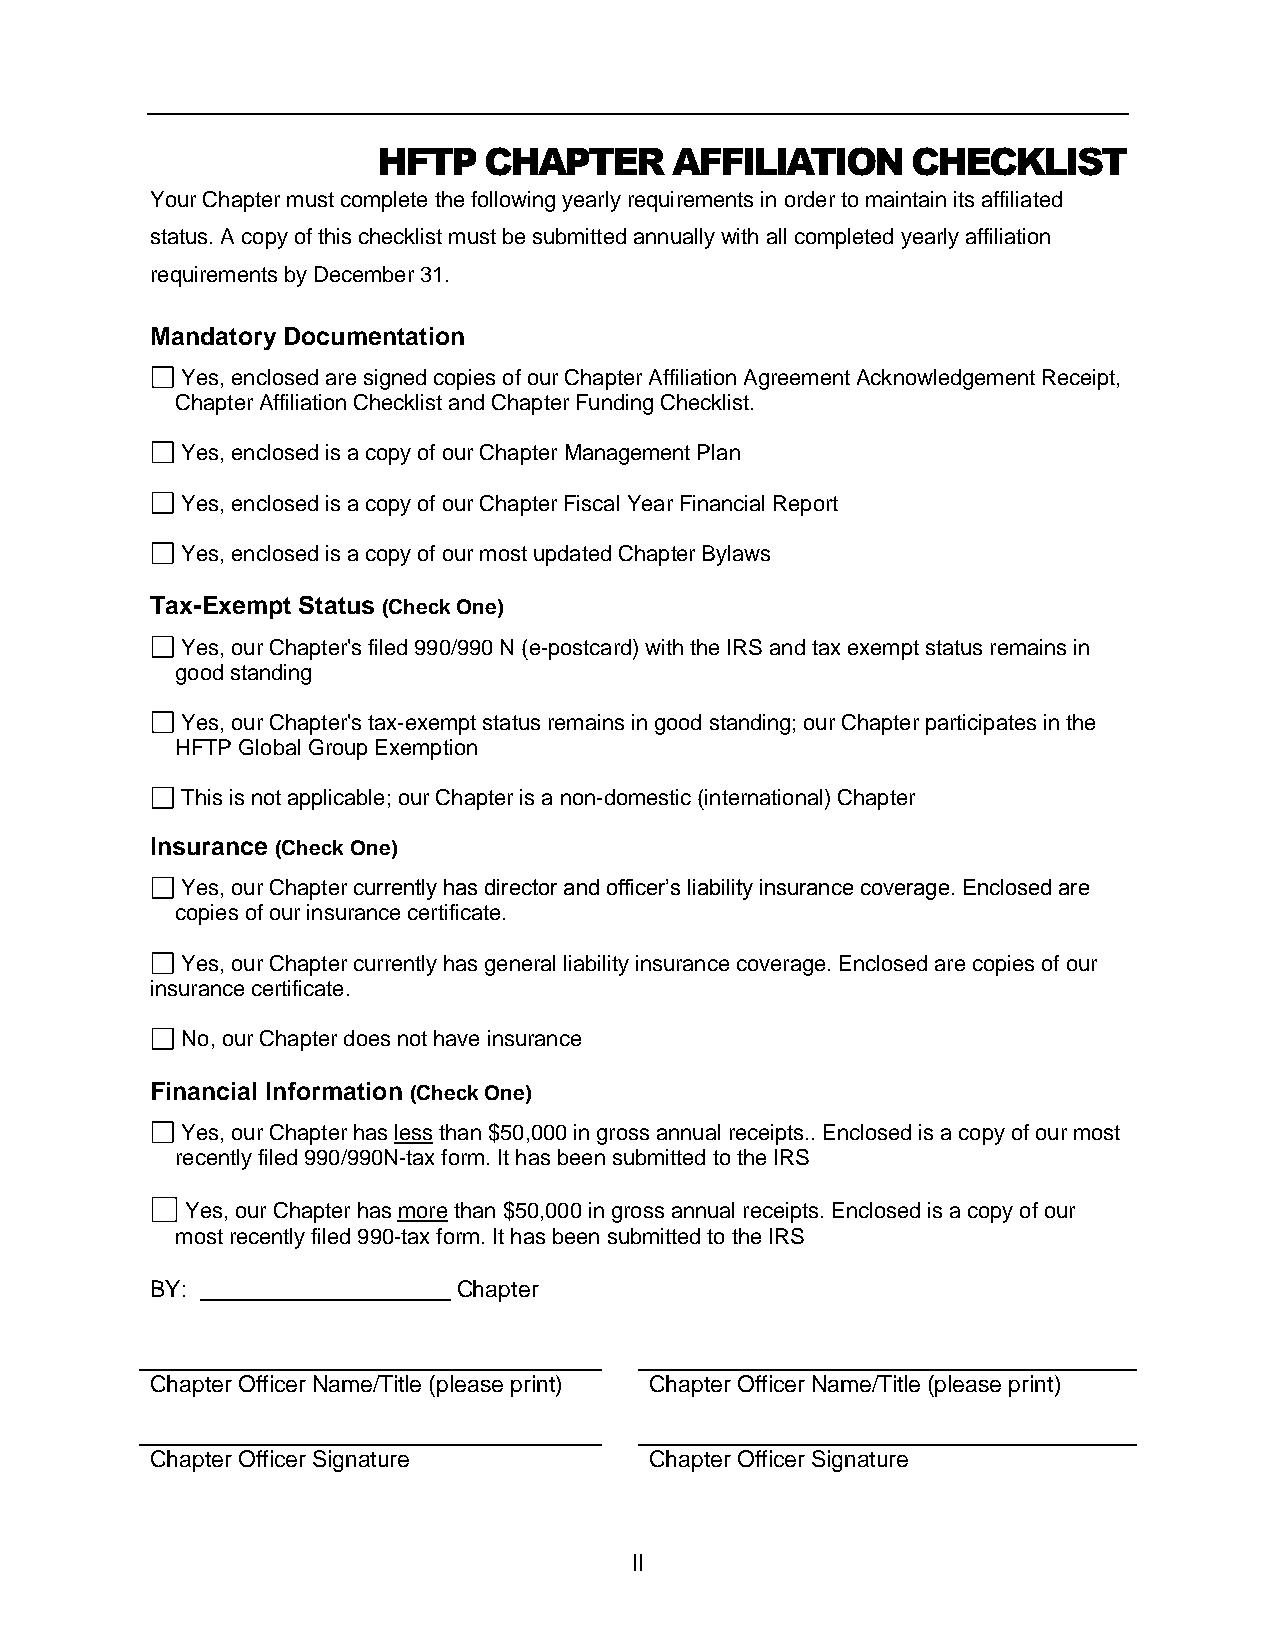
HFTP   CHAPTER     AFFILIATION     CHECKLIST
 Your Chapter must complete the following yearly requirements in order to maintain its affiliated
 status. A copy of this checklist must be submitted annually with all completed yearly affiliation
 requirements by December 31.
 Mandatory Documentation
 Yes, enclosed are signed copies of our Chapter Affiliation Agreement Acknowledgement Receipt,
 Chapter Affiliation Checklist and Chapter Funding Checklist.
 Yes, enclosed is a copy of our Chapter Management Plan
 Yes, enclosed is a copy of our Chapter Fiscal Year Financial Report
 Yes, enclosed is a copy of our most updated Chapter Bylaws
 Tax-Exempt Status (Check One)
 Yes, our Chapter's filed 990/990 N (e-postcard) with the IRS and tax exempt status remains in
 good standing
 Yes, our Chapter's tax-exempt status remains in good standing; our Chapter participates in the
 HFTP Global Group Exemption
 This is not applicable; our Chapter is a non-domestic (international) Chapter
 Insurance (Check One)
 Yes, our Chapter currently has director and officer’s liability insurance coverage. Enclosed are
 copies of our insurance certificate.
 Yes, our Chapter currently has general liability insurance coverage. Enclosed are copies of our
 insurance certificate.
 No, our Chapter does not have insurance
 Financial Information (Check One)
 Yes, our Chapter has less than $50,000 in gross annual receipts.. Enclosed is a copy of our most
 recently filed 990/990N-tax form. It has been submitted to the IRS
 Yes, our Chapter has more than $50,000 in gross annual receipts. Enclosed is a copy of our
 most recently filed 990-tax form. It has been submitted to the IRS
 BY:                 Chapter
 Chapter Officer Name/Title (please print) Chapter Officer Name/Title (please print)
 Chapter Officer Signature        Chapter Officer Signature
 II